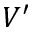
V ^ { \prime }